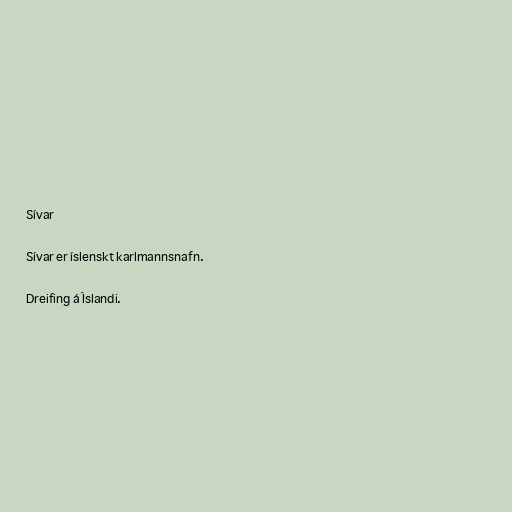
Sívar

Sívar er íslenskt karlmannsnafn.

Dreifing á Íslandi.